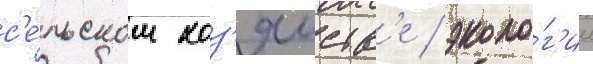
с'е́льском хоз'яиств'е / эколо́г'ии